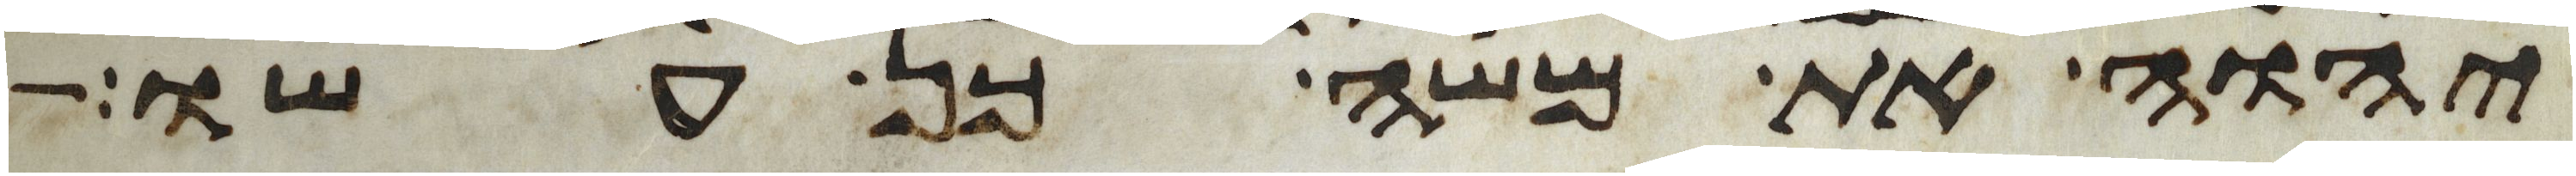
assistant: יהוה את משה כן עשו